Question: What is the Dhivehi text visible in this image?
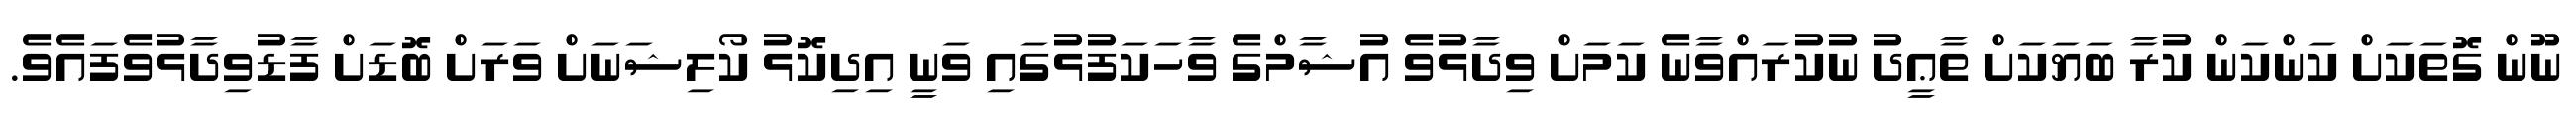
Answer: ނޫން ގޮތަކަށް ކަންކަން ކުރާ ބަޔަކަށް ތާޢީދު ނުކުރައްވާނެ ކަމަށް ވިދާޅުވެ އުޝާމްގެ ވާހަކަފުޅުގައި ވަނީ އިދިކޮޅު ކޯލިޝަނަށް ވަރަށް ބޮޑަށް ފާޑުވިދާޅުވެފައެވެ.